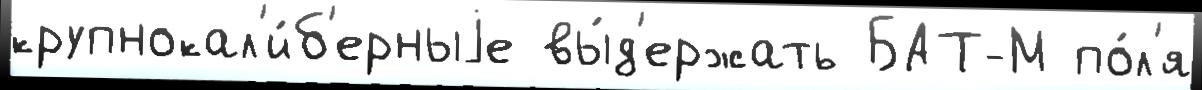
крупнокал'и́б'ерныjе вы́д'ержать БАТ-М по́л'я